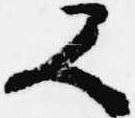
又